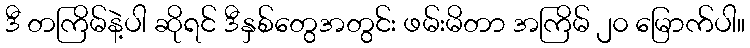
ဒီ တကြိမ်နဲ့ပါ ဆိုရင် ဒီနှစ်တွေအတွင်း ဖမ်းမိတာ အကြိမ် ၂၀ မြောက်ပါ။